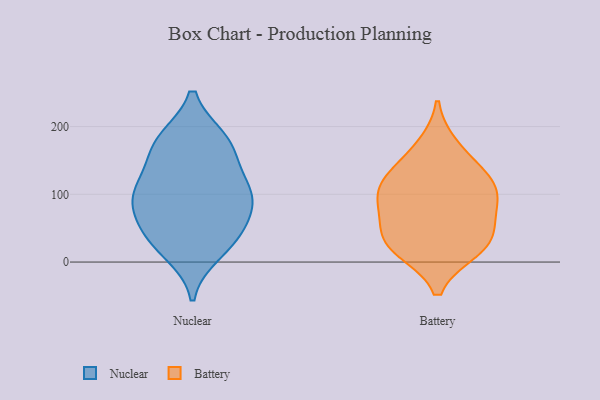
{"axis": {"x": "Customer Acquisition Cost (USD)", "y": "Value"}, "legend": ["Battery", "Nuclear"], "data": [{"x": "", "y": 110, "type": "Nuclear"}, {"x": "", "y": 33, "type": "Nuclear"}, {"x": "", "y": 178, "type": "Nuclear"}, {"x": "", "y": 174, "type": "Nuclear"}, {"x": "", "y": 99, "type": "Nuclear"}, {"x": "", "y": 98, "type": "Nuclear"}, {"x": "", "y": 15, "type": "Nuclear"}, {"x": "", "y": 86, "type": "Nuclear"}, {"x": "", "y": 145, "type": "Nuclear"}, {"x": "", "y": 42, "type": "Nuclear"}, {"x": "", "y": 47, "type": "Nuclear"}, {"x": "", "y": 180, "type": "Nuclear"}, {"x": "", "y": 92, "type": "Nuclear"}, {"x": "", "y": 125, "type": "Battery"}, {"x": "", "y": 23, "type": "Battery"}, {"x": "", "y": 171, "type": "Battery"}, {"x": "", "y": 18, "type": "Battery"}, {"x": "", "y": 104, "type": "Battery"}, {"x": "", "y": 27, "type": "Battery"}, {"x": "", "y": 101, "type": "Battery"}, {"x": "", "y": 89, "type": "Battery"}, {"x": "", "y": 134, "type": "Battery"}, {"x": "", "y": 44, "type": "Battery"}, {"x": "", "y": 67, "type": "Battery"}]}